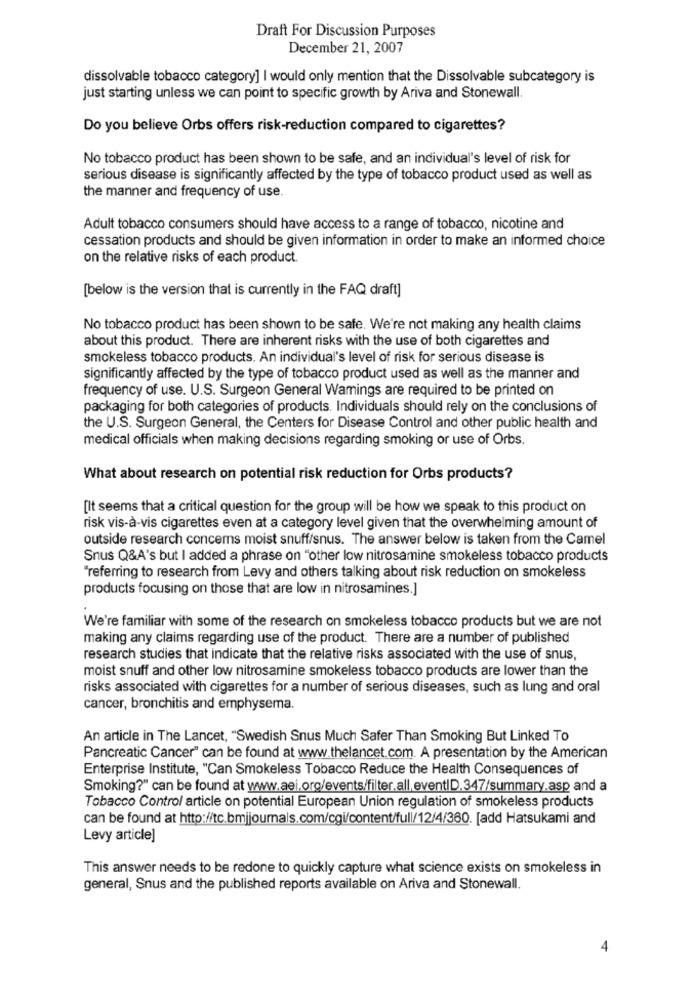
Draft For Discussion Purposes
December 21, 2007
dissolvable tobacco category] I would only mention that the Dissolvable subcategory is
just starting unless we can point to specific growth by Ariva and Stonewall.
Do you believe Orbs offers risk-reduction compared to cigarettes?
No tobacco product has been shown to be safe, and an individual's level of risk for
serious disease is significantly affected by the type of tobacco product used as well as
the manner and frequency of use.
Adult tobacco consumers should have access to a range of tobacco, nicotine and
cessation products and should be given information in order to make an informed choice
on the relative risks of each product.
[below is the version that is currently in the FAQ draft]
No tobacco product has been shown to be safe. We're not making any health claims
about this product. There are inherent risks with the use of both cigarettes and
smokeless tobacco products. An individual's level of risk for serious disease is
significantly affected by the type of tobacco product used as well as the manner and
frequency of use. U.S. Surgeon General Wamings are required to be printed on
packaging for both categories of products. Individuals should rely on the conclusions of
the U.S. Surgeon General, the Centers for Disease Control and other public health and
medical officials when making decisions regarding smoking or use of Orbs.
What about research on potential risk reduction for Orbs products?
[It seems that a critical question for the group will be how we speak to this product on
risk vis-à-vis cigarettes even at a category level given that the overwhelming amount of
outside research concerns moist snuff/snus. The answer below is taken from the Camel
Snus Q&A's but I added a phrase on "other low nitrosamine smokeless tobacco products
'referring to research from Levy and others talking about risk reduction on smokeless
products focusing on those that are low in nitrosamines.]
We're familiar with some of the research on smokeless tobacco products but we are not
making any claims regarding use of the product. There are a number of published
research studies that indicate that the relative risks associated with the use of snus,
moist snuff and other low nitrosamine smokeless tobacco products are lower than the
risks associated with cigarettes for a number of serious diseases, such as lung and oral
cancer, bronchitis and emphysema.
An article in The Lancet, "Swedish Snus Much Safer Than Smoking But Linked To
Pancreatic Cancer" can be found at www.thelancet.com. A presentation by the American
Enterprise Institute, "Can Smokeless Tobacco Reduce the Health Consequences of
Smoking?" can be found at www.aei.org/events/filter.all.eventID.347/summary.asp and a
Tobacco Control article on potential European Union regulation of smokeless products
can be found at http://tc.bmjjournals.com/cgi/content/full/12/4/360. [add Hatsukami and
Levy article
This answer needs to be redone to quickly capture what science exists on smokeless in
general, Snus and the published reports available on Ariva and Stonewall.